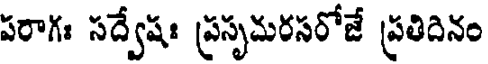
పరాగః సద్వేషః ప్రసృమరసరోజే ప్రతిదినం